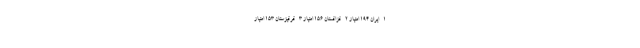
۱- ایران ۱۹۴ امتیاز ۲- قزاقستان ۱۵۶ امتیاز ۳- قرقیزستان ۱۵۳ امتیاز